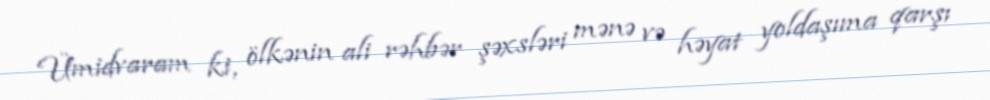
Ümidvaram ki, ölkənin ali rəhbər şəxsləri mənə və həyat yoldaşıma qarşı